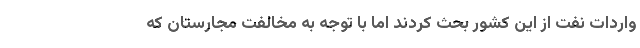
واردات نفت از این کشور بحث کردند اما با توجه به مخالفت مجارستان که